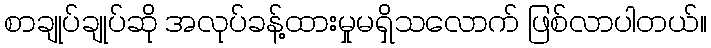
စာချုပ်ချုပ်ဆို အလုပ်ခန့်ထားမှုမရှိသလောက် ဖြစ်လာပါတယ်။